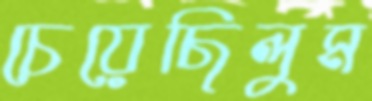
চেয়েছিলুম